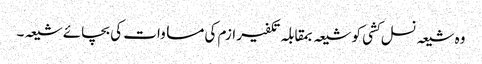
وہ شیعہ نسل کشی کو شیعہ بمقابلہ تکفیر ازم کی مساوات کی بچائے شیعہ۔